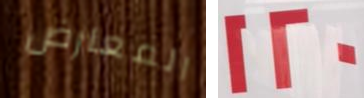
المعارض 120